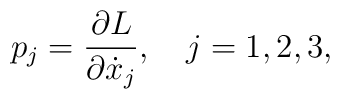
p_j = {\partial L \over \partial \dot x_j}, \ \ \ j=1,2,3,